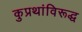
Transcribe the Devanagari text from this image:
कुप्रथांविरूद्ध